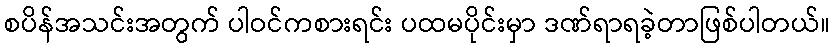
စပိန်အသင်းအတွက် ပါဝင်ကစားရင်း ပထမပိုင်းမှာ ဒဏ်ရာရခဲ့တာဖြစ်ပါတယ်။